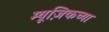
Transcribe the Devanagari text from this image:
म्यूज़िकच्या